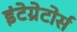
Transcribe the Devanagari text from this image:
इंटेग्रेटोर्स